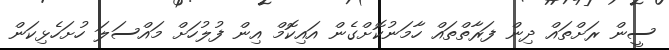
ސީން ރަށްތައް ދިން ފަރާތްތައް ހާމަނުކޮށްގެން އައިކޮމް އިން ފުލުހަށް މައްސަލަ ހުށަހެޅިކަން